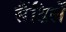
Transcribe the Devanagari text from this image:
सैंडिलें